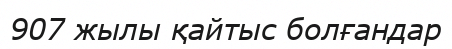
907 жылы қайтыс болғандар